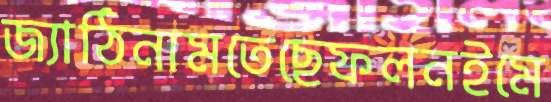
জ্যাঠিনামতেছেফলনইমে